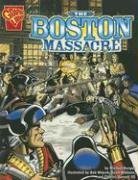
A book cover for The Boston Massacre (Graphic History); Michael Burgan; Children's Books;